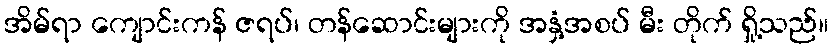
အိမ်ရာ ကျောင်းကန် ဇရပ်၊ တန်ဆောင်းများကို အနှံ့အစပ် မီး တိုက် ရှို့သည်။